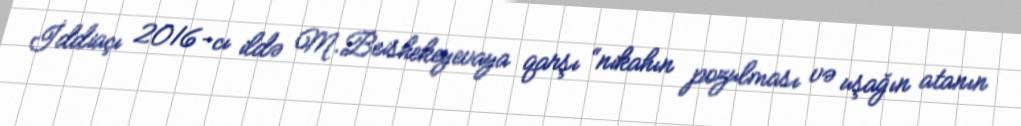
İddiaçı 2016-cı ildə M.Beishekeyevaya qarşı “nikahın pozulması və uşağın atanın